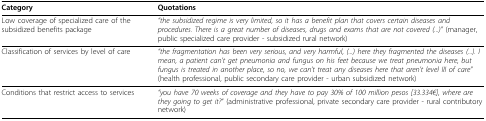
<table><thead><tr><td><b>Category</b></td><td><b>Quotations</b></td></tr></thead><tbody><tr><td>Low coverage of specialized care of the subsidized benefits package</td><td><i>&quot;the subsidized regime is very limited, so it has a benefit plan that covers certain diseases and procedures. There is a great number of diseases, drugs and exams that are not covered (...)&quot; </i>(manager, public specialized care provider - subsidized rural network)</td></tr><tr><td>Classification of services by level of care</td><td><i>&quot;the fragmentation has been very serious, and very harmful, (...) here they fragmented the diseases (...). I mean, a patient can&#x27;t get pneumonia and fungus on his feet because we treat pneumonia here, but fungus is treated in another place, so no, we can&#x27;t treat any diseases here that aren&#x27;t level III of care&quot; </i>(health professional, public secondary care provider - urban subsidized network)</td></tr><tr><td>Conditions that restrict access to services</td><td><i>&quot;you have 70 weeks of coverage and they have to pay 30% of 100 million pesos [33.334€], where are they going to get it?</i>&quot; (administrative professional, private secondary care provider - rural contributory network)</td></tr></tbody></table>